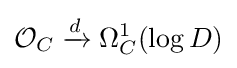
{\mathcal {O}}_{C}\xrightarrow {d} \Omega _{C}^{1}(\log D)